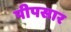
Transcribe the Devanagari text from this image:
पीपसार